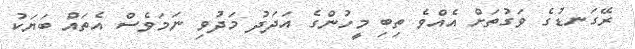
ރޭގަނޑުގެ ވަގުތަށް އެއްވެ ތިބި މީހުންގެ އަދަދު މަދުވި ނަމަވެސް އެތައް ބަޔަކު